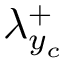
{ \lambda } _ { y _ { c } } ^ { + }